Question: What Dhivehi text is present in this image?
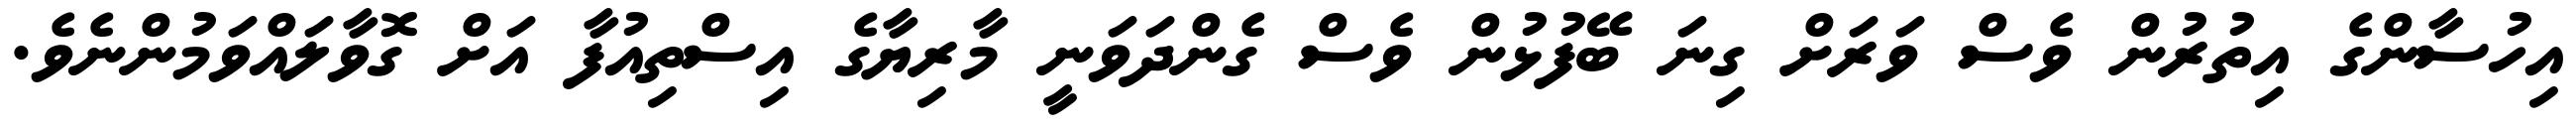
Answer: އިހުސާންގެ އިތުރުން ވެސް ވަރަށް ގިނަ ބޭފުޅުން ވެސް ގެންދަވަނީ މާރިޔާގެ އިސްތިއުފާ އަށް ގޮވާލައްވަމުންނެވެ.